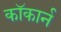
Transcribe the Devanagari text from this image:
कॉकार्न